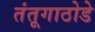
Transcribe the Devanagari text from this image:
तंतूगाठोडे